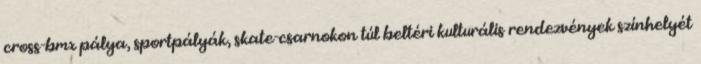
cross-bmx pálya, sportpályák, skate-csarnokon túl beltéri kulturális rendezvények színhelyét